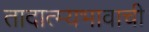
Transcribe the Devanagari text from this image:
तादात्म्यभावाची